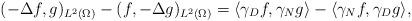
LaTeX: \begin{align*} (-\Delta f,g)_{L^2(\Omega)}-(f,-\Delta g)_{L^2(\Omega)}=\langle\gamma_D f,\gamma_N g\rangle-\langle\gamma_N f,\gamma_D g\rangle,\end{align*}